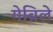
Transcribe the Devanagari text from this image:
गेब्रिले